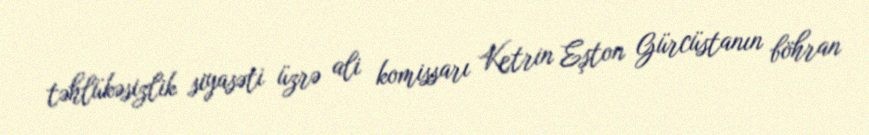
təhlükəsizlik siyasəti üzrə ali komissarı Ketrin Eşton Gürcüstanın böhran